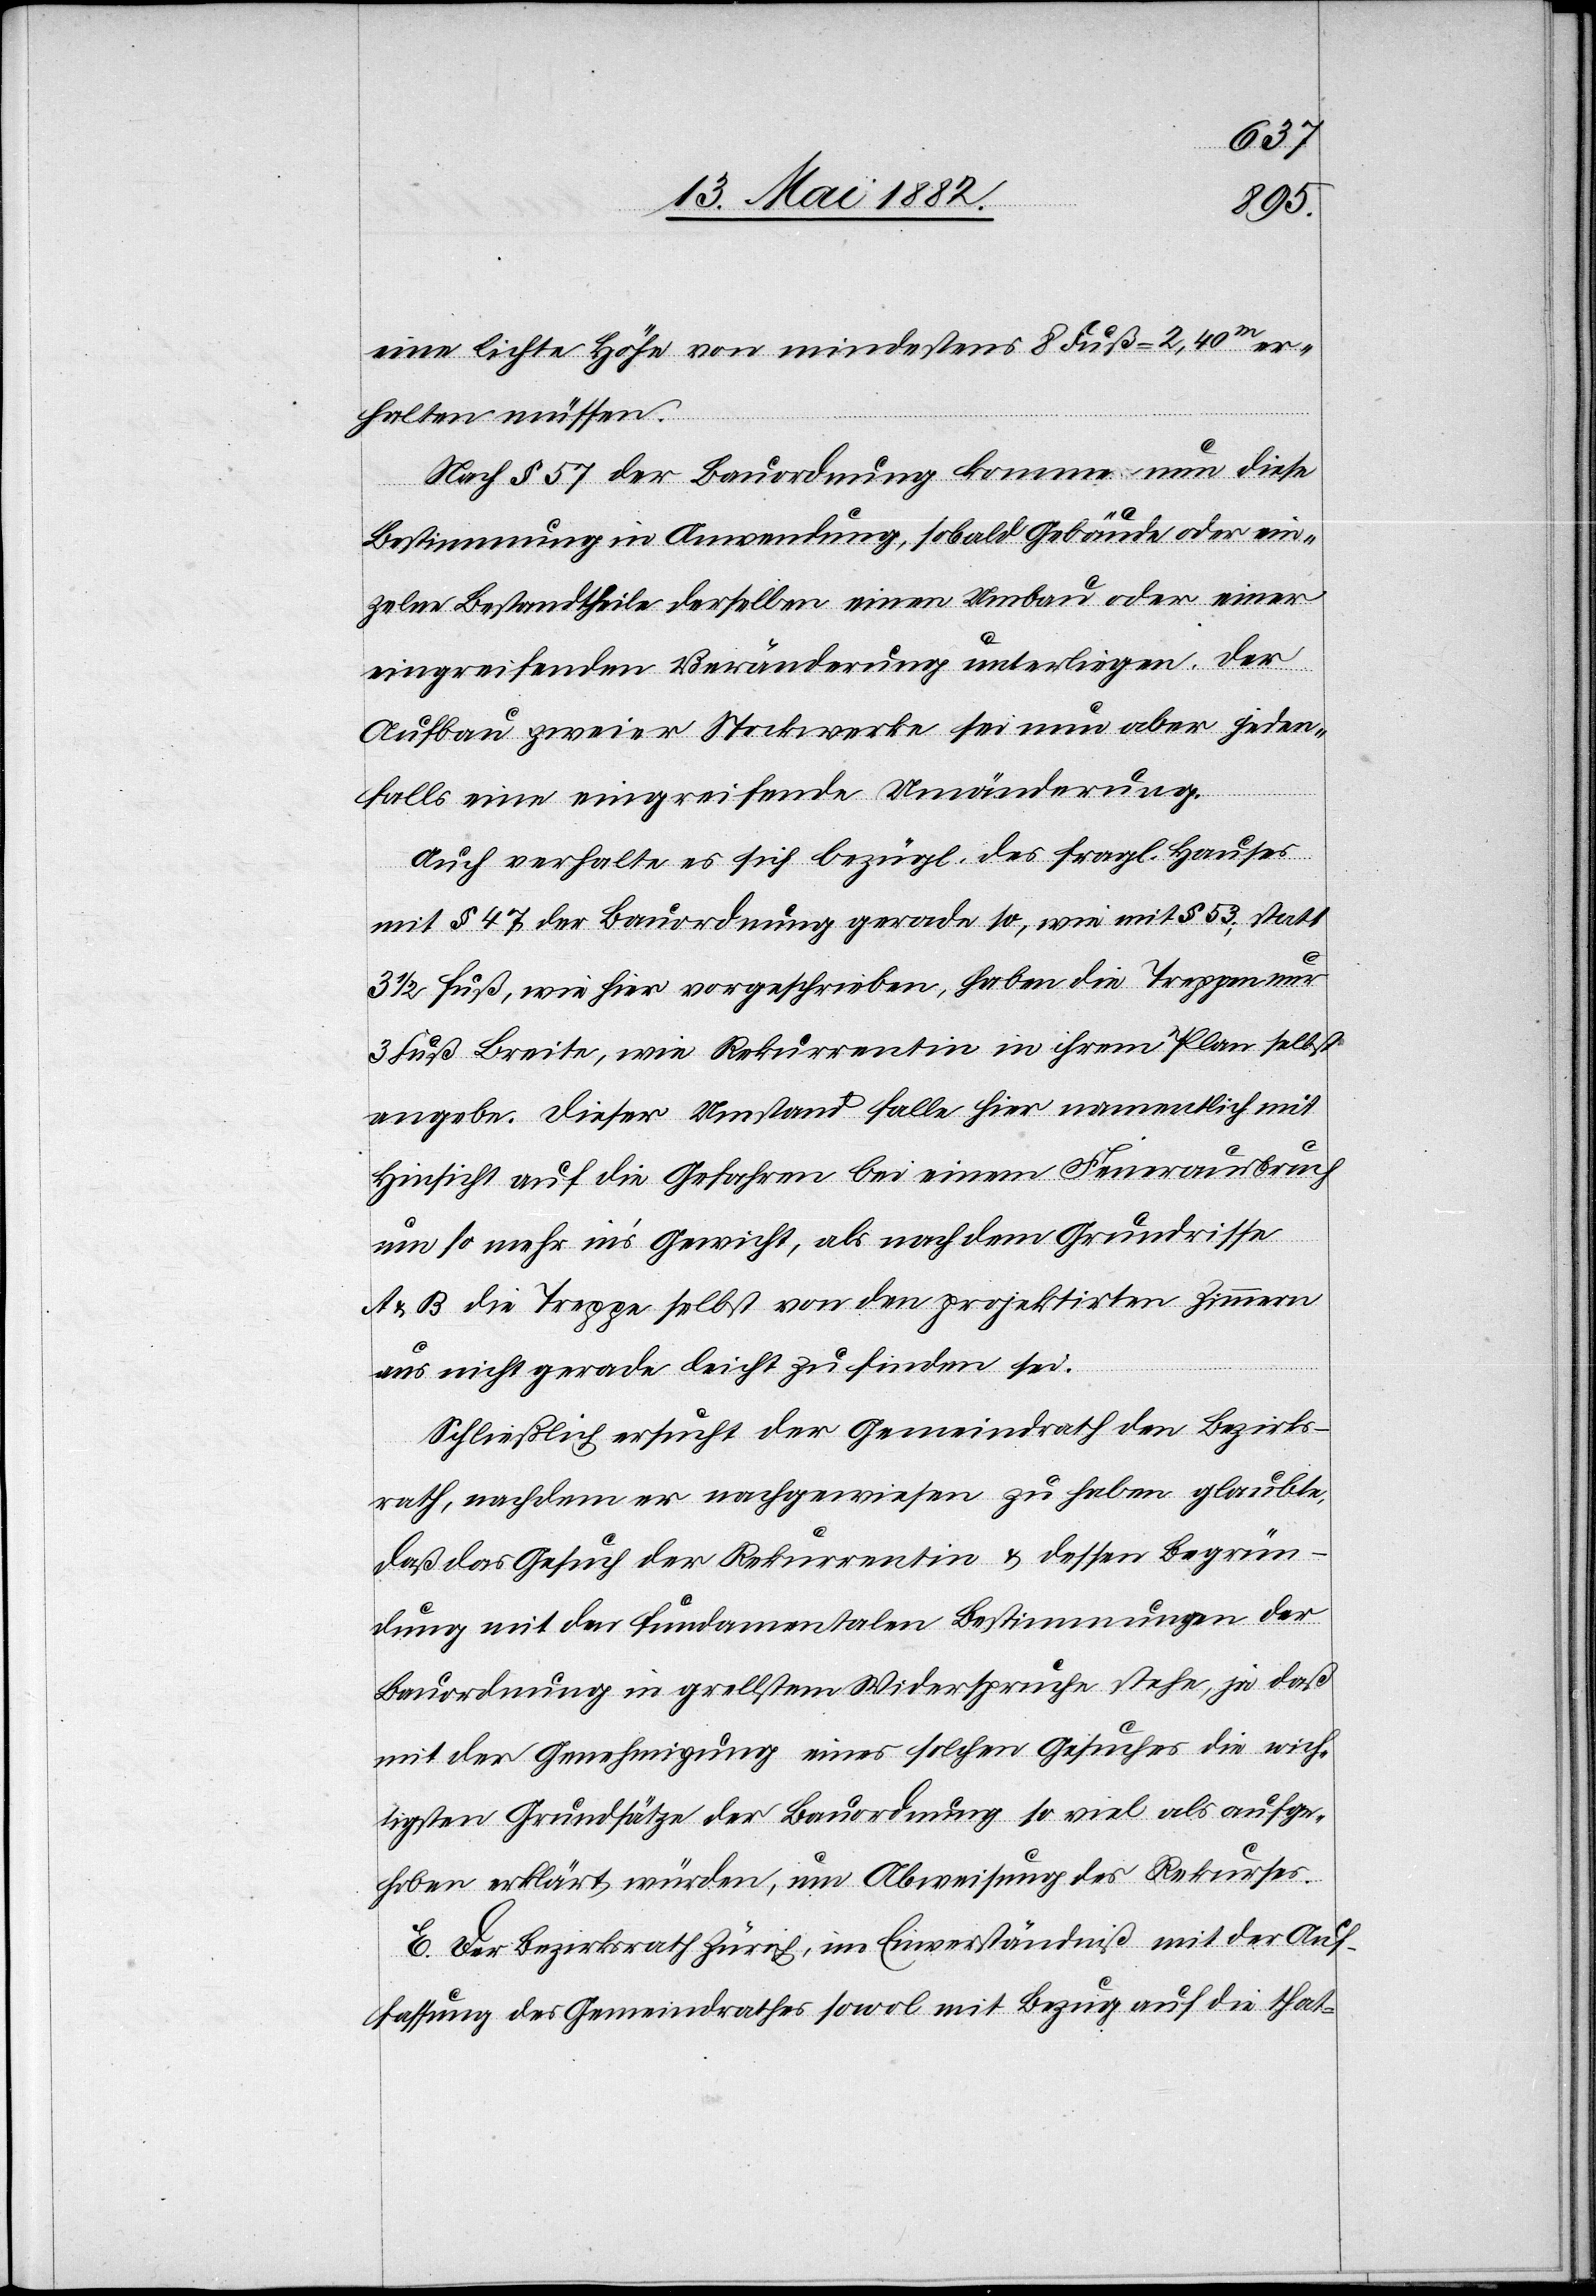
eine lichte Höhe von mindestens 8 Fuß = 2,40m er¬
halten müssen.
Nach § 57 der Bauordnung komme nun diese
Bestimmung in Anwendung, sobald Gebäude oder ein¬
zelne Bestandtheile derselben einen [recte: einem] Umbau oder einer
eingreifenden Veränderung unterliegen. Der
Aufbau zweier Stockwerke sei nun aber jeden¬
falls eine eingreifende Umänderung.
Auch verhalte es sich bezügl. des fragl. Hauses
mit § 47 der Bauordnung gerade so, wie mit § 53; statt
3 1/2 Fuß, wie hier vorgeschrieben, haben die Treppen nur
3 Fuß Breite, wie Rekurrentin in ihrem Plan selbst
angebe. Dieser Umstand falle hier namentlich mit
Hinsicht auf die Gefahren bei einem Feuerausbruch
um so mehr in’s Gewicht, als nach dem Grundrisse
& B die Treppe selbst von den projektirten Zimmern
aus nicht gerade leicht zu finden sei.
Schließlich ersucht der Gemeindrath den Bezirks¬
rath, nachdem er nachgewiesen zu haben glaubte,
daß das Gesuch der Rekurrentin & dessen Begrün¬
dung mit den fundamentalsten Bestimmungen der
Bauordnung in grellstem Widerspruche stehe, ja daß
mit der Genehmigung eines solchen Gesuches die wich¬
tigsten Grundsätze der Bauordnung so viel als aufge¬
hoben erklärt würden, um Abweisung des Rekurses.
E. Der Bezirksrath Zürich, im Einverständniß mit der Auf¬
fassung des Gemeindrathes sowol mit Bezug auf die that-